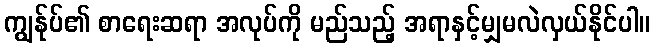
ကျွန်ုပ်၏ စာရေးဆရာ အလုပ်ကို မည်သည့် အရာနှင့်မျှမလဲလှယ်နိုင်ပါ။